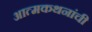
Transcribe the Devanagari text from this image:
आत्मकथनांची